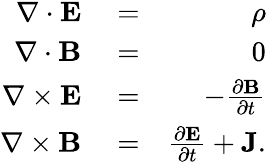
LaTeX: \begin{array}{rlr}{\nabla\cdot\mathbf{E}}&{{}=}&{\rho}\\ {\nabla\cdot\mathbf{B}}&{{}=}&{0}\\ {\nabla\times\mathbf{E}}&{{}=}&{-\frac{\partial\mathbf{B}}{\partial t}}\\ {\nabla\times\mathbf{B}}&{{}=}&{\frac{\partial\mathbf{E}}{\partial t}+\mathbf{J}.}\end{array}